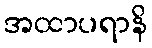
အထာပရာနိ